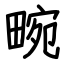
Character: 畹